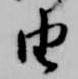
由